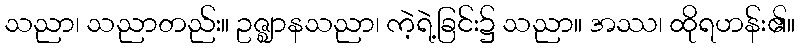
သညာ၊ သညာတည်း။ ဥဇ္ဈာနသညာ၊ ကဲ့ရဲ့ခြင်း၌ သညာ။ အဿ၊ ထိုရဟန်း၏။